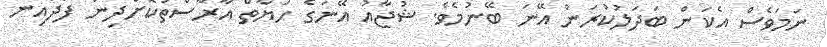
ނަމަވެސް އެކަން ބަދަލުކުރަން އޭނަ ބޭނުމެވެ. ޝުޖާއު އޭނަގެ ހަޔާތް އާރާސްތުކޮށްދިން ފަދައިން